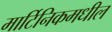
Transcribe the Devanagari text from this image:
मार्टिनिकमधील